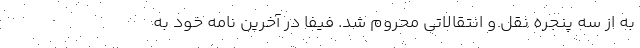
به از سه پنجره نقل و انتقالاتی محروم شد. فیفا در آخرین نامه خود به